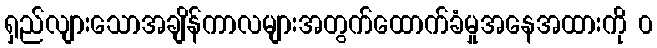
ရှည်လျားသောအချိန်ကာလများအတွက်ထောက်ခံမှုအနေအထားကို ၀